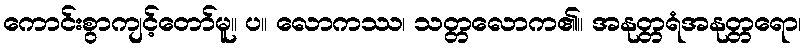
ကောင်းစွာကျင့်တော်မူ။ ပ။ လောကဿ၊ သတ္တလောက၏။ အနုတ္တရံအနုတ္တရော၊